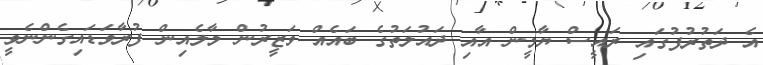
އެ ދަތުރުފުގައި ރައީސް ޔާމީން އާއި ދައުލަތުގެ ބައެއް ވަޒީރުން މާލެއިން ފުރާވަޑައިގެންނެވީ